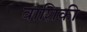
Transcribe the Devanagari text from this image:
वाशिकी